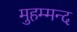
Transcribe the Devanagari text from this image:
मुहम्मन्द